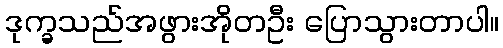
ဒုက္ခသည်အဖွားအိုတဦး ပြောသွားတာပါ။